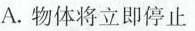
A.物体将立即停止